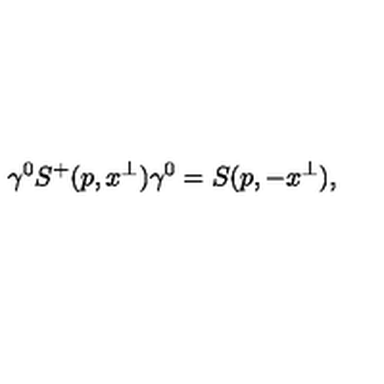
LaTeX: \gamma ^ { 0 } S ^ { + } ( p , x ^ { \perp } ) \gamma ^ { 0 } = S ( p , - x ^ { \perp } ) ,